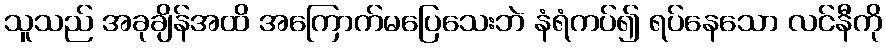
သူသည် အခုချိန်အထိ အကြောက်မပြေသေးဘဲ နံရံကပ်၍ ရပ်နေသော လင်နီကို